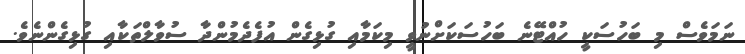
ނަމަވެސް މި ބަހުސަކީ ހުއްޓޭނެ ބަހުސަކަށްނުވީ މިކަމާއި ގުޅިގެން އުފެދެމުންދާ ސުވާލްތަކާއި ގުޅިގެންނެވެ.